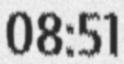
08:51